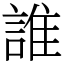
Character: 誰